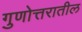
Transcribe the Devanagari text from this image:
गुणोत्तरातील